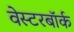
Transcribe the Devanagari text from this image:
वेस्टरबॉर्क